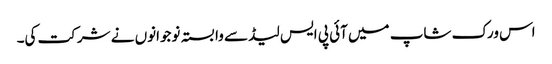
اس ورک شاپ میں آئی پی ایس لیڈ سے وابستہ نوجوانوں نے شرکت کی۔